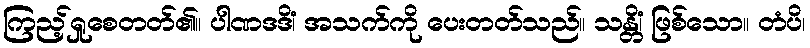
ကြည့်ရှုစေတတ်၏။ ပါဏဒဒိံ၊ အသက်ကို ပေးတတ်သည်။ သန္တိံ၊ ဖြစ်သော။ တံပိ၊